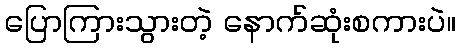
ပြောကြားသွားတဲ့ နောက်ဆုံးစကားပဲ။